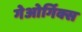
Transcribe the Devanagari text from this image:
गेओर्गिक्स